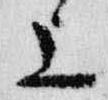
上